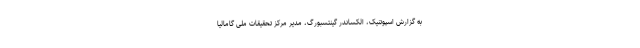
به گزارش اسپوتنیک، الكساندر گینتسبورگ، مدیر مرکز تحقیقات ملی گامالیا